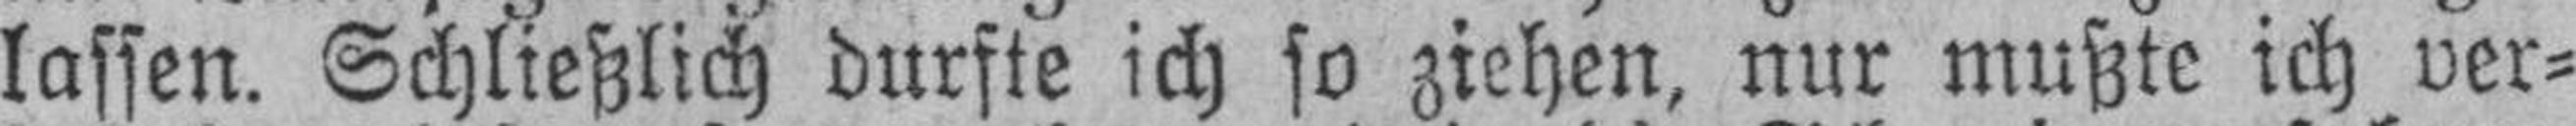
lassen. Schließlich durfte ich so ziehen, nur mußte ich ver¬